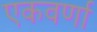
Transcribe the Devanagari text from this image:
एकवर्णा